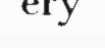
ery